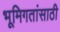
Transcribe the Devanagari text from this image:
भूमिगतांसाठी